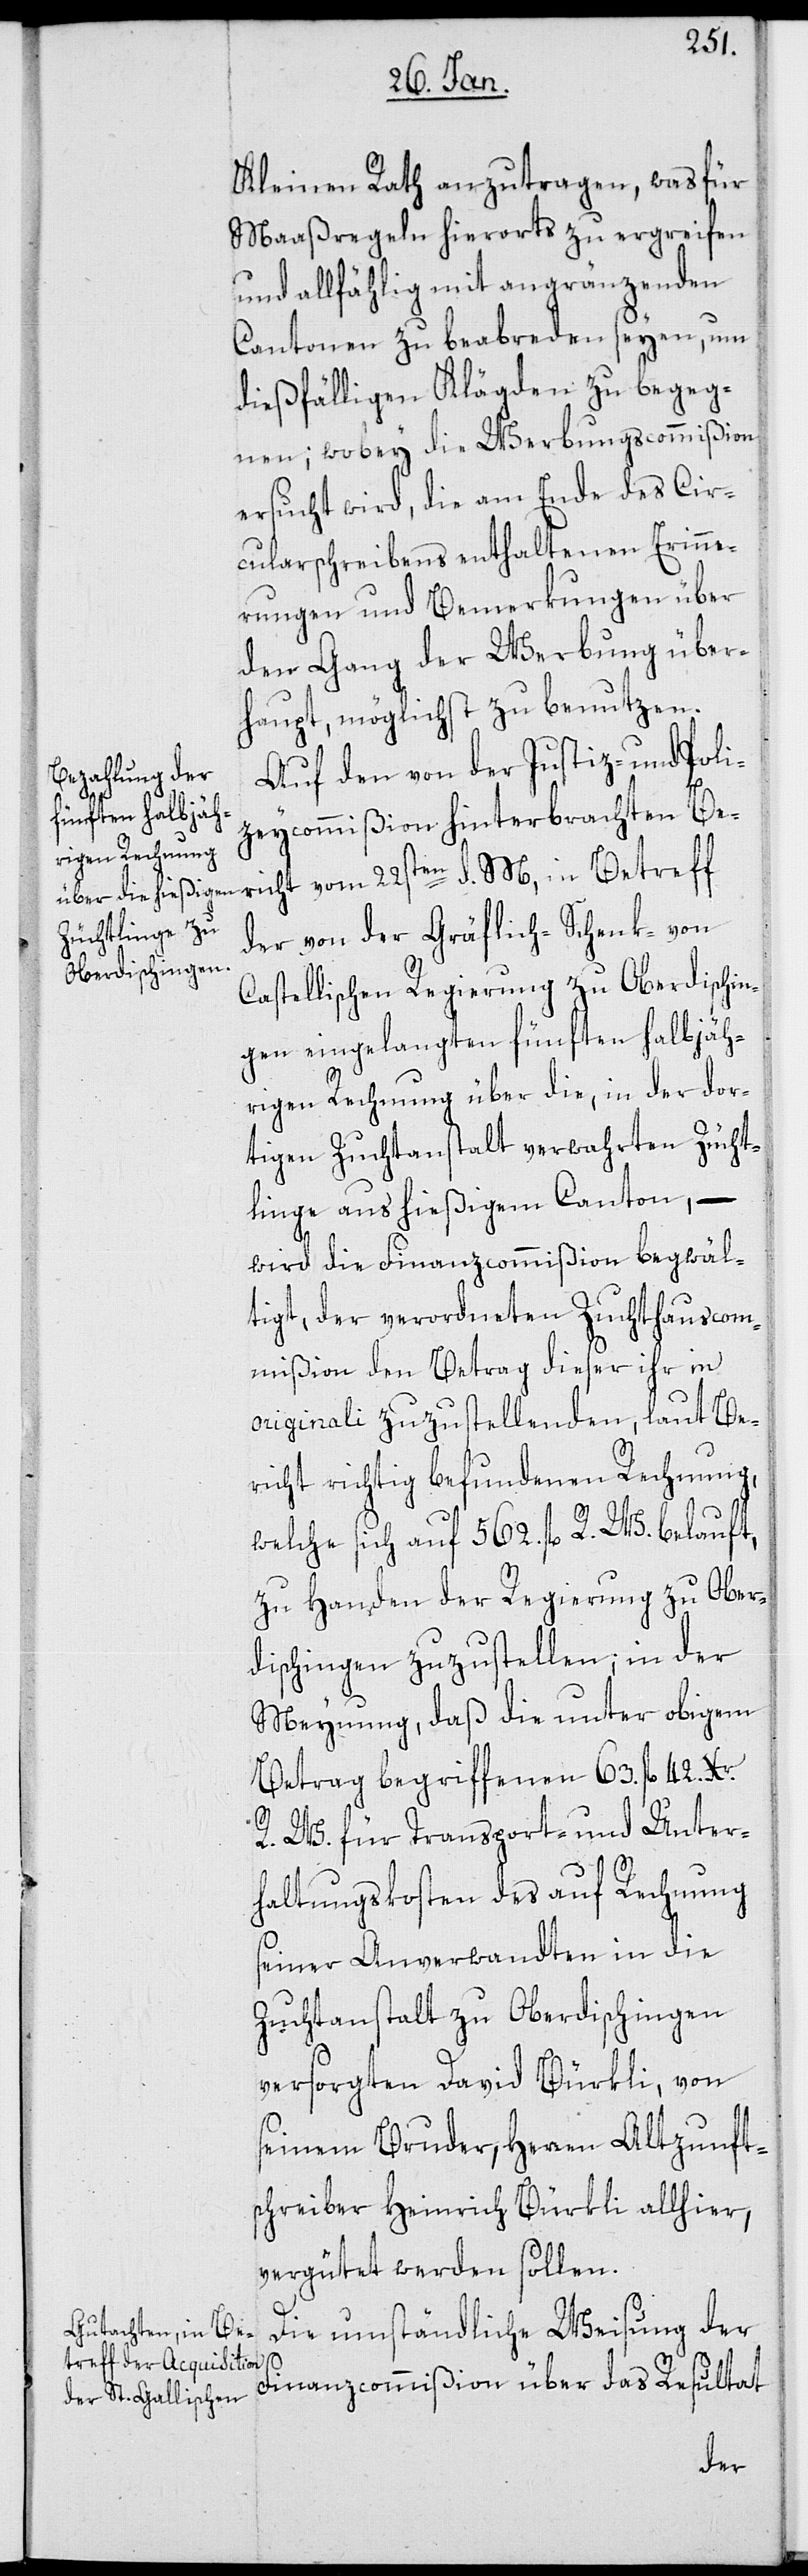
Kleinen Rath anzutragen, was für
Maaßregeln hierorts zu ergreifen
und allfählig mit angränzenden
Cantonen zu beabreden seyen, um
dießfälligen Klägden zu begeg¬
nen; wobey die Werbungscommißion
ersucht wird, die am Ende des Cir¬
cularschreibens enthaltenen Erinne¬
rungen und Bemerkungen über
den Gang der Werbung über¬
haupt, möglichst zu benutzen.
Auf den von der Justiz- und Poli¬
cht
zeycommißion hinterbrachten Beri¬
der von der Gräflich-Schenk-von
d.
Castellischen Regierung zu Oberdischin¬
gen eingelangten fünften halbjäh¬
rigen Rechnung über die, in der dor¬
tigen Zuchtanstalt verwahrten Zücht¬
linge aus hießigem Canton, –
wird die Finanzcommißion begwäl¬
tigt, der verordneten Zuchthauscom¬
mißion den Betrag dieser ihr in
originali zuzustellenden, laut Be¬
richt richtig befundenen Rechnung,
welche sich auf 562. fl. R. W. belauft,
zu Handen der Regierung zu Ober¬
dischingen zuzustellen; in der
Meynung, daß die unter obigem
Betrag begriffenen 63. fl. 42. Xr.
R. W. für Transport- und Unter¬
haltungskosten des auf Rechnung
seiner Anverwandten in die
Zuchtanstalt zu Oberdischingen
versorgten David Bürkli, von
seinem Bruder, Herren Altzunft¬
schreiber Heinrich Bürkli allhier,
vergütet werden sollen.
Die umständliche Weisung der
Finanzcommißion über das Resultat